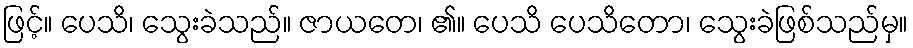
ဖြင့်။ ပေသိ၊ သွေးခဲသည်။ ဇာယတေ၊ ၏။ ပေသိ ပေသိတော၊ သွေးခဲဖြစ်သည်မှ။